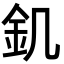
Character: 釠